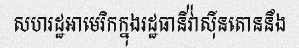
សហរដ្ឋអាមេរិកក្នុងរដ្ឋធានីវ៉ាស៊ីនតោននឹង